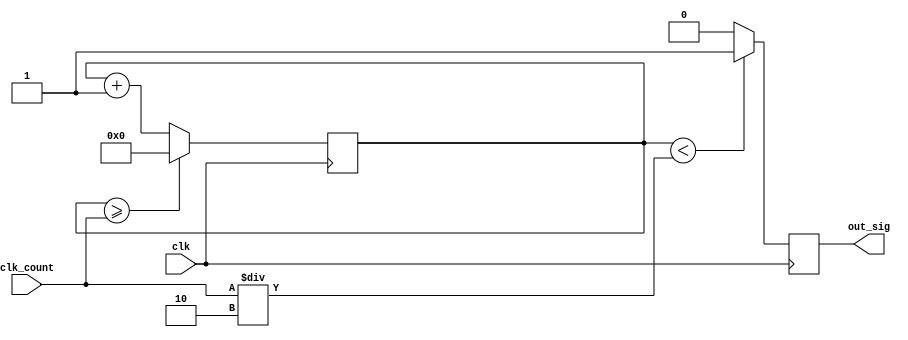
module clk_divider (input clk,
		    input [31:0] clk_count,
		    output reg out_sig);

	reg [31:0] Count =32'b0;

	//since counter only count at posedge of the clk sigal
	//expect counter to take 2*clk_divider clk cycles to finish counting
	always @(posedge clk) begin
		if(Count >= clk_count)
			Count <= 32'b0;	//reseet count to 0 when counter counts more than/equals to "clk_divider"
		else
			Count <= Count + 1'b1;
		out_sig <= (Count < clk_count/2) ? 1'b1: 1'b0;	//set output signal to 1 when counting the first half, to 0 when counting the second half
	end
endmodule